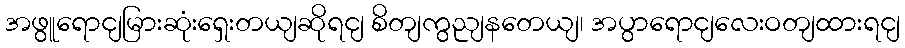
အဖွူရောငျမြားဆုံးရှေးတယျဆိုရငျ စိတျကွညျနတေယျ၊ အပွာရောငျလေးဝတျထားရငျ